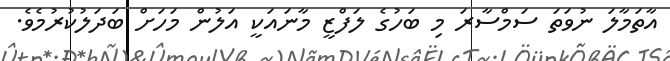
އާތަމާލަ ނުވަތަ ސަމްސާރަ މި ބަހުގެ ލަފްޒީ މާނައަކީ އަލުން މަހަށް ބަދަލުކުރުމެވެ.